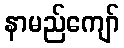
နာမည်ကျော်